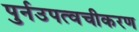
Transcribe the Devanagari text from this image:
पुर्नउपत्वचीकरण